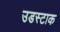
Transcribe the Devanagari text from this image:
उडस्टाक